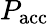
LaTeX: P_{\mathrm{acc}}